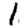
Digit: 1